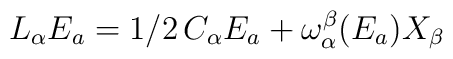
L_\alpha E_a = 1/2 \,  C_\alpha E_a + {\omega_\alpha^\beta} (E_a)X_\beta